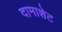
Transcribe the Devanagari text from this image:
दामाशेट